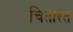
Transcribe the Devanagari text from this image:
चितारत